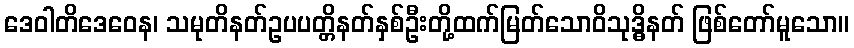
ဒေဝါတိဒေဝေန၊ သမုတိနတ်ဥပပတ္တိနတ်နှစ်ဦးတို့ထက်မြတ်သောဝိသုဒ္ဓိနတ် ဖြစ်တော်မူသော။